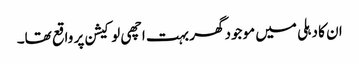
ان کا دہلی میں موجود گھر بہت اچھی لوکیشن پر واقع تھا۔